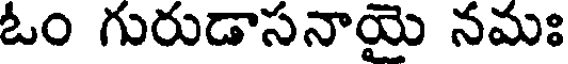
ఓం గురుడాసనాయై నమః